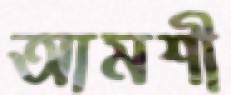
আমশী